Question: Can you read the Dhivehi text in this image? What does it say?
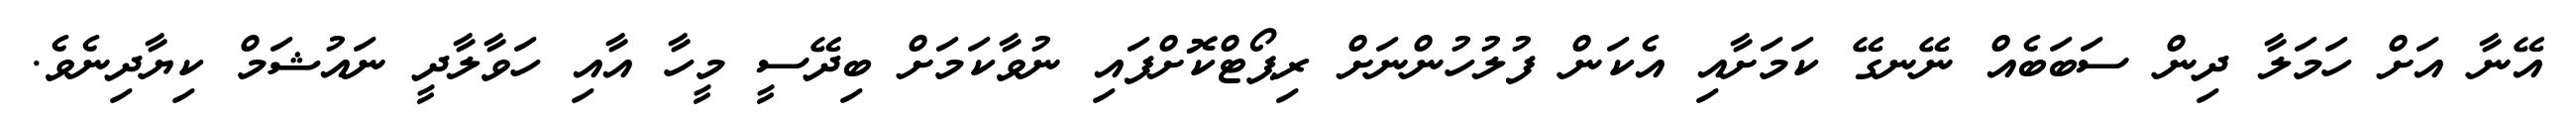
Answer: އޭނާ އަށް ހަމަލާ ދިން ސަބަބެއް ނޭނގޭ ކަމަށާއި އެކަން ފުލުހުންނަށް ރިޕޯޓްކޮށްފައި ނުވާކަމަށް ބިދޭސީ މީހާ އާއި ހަވާލާދީ ނައުޝަމް ކިޔާދިނެވެ.